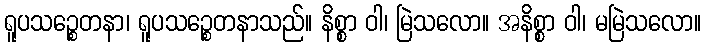
ရူပသဉ္စေတနာ၊ ရူပသဉ္စေတနာသည်။ နိစ္စာ ဝါ၊ မြဲသလော။ အနိစ္စာ ဝါ၊ မမြဲသလော။